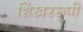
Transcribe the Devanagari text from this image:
शिखररूपी